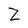
Character: z